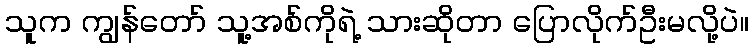
သူက ကျွန်တော် သူ့အစ်ကိုရဲ့ သားဆိုတာ ပြောလိုက်ဦးမလို့ပဲ။